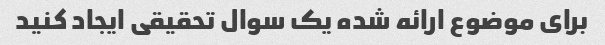
برای موضوع ارائه شده یک سوال تحقیقی ایجاد کنید